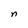
Character: n